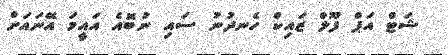
ޝަޓް އަޕް ފޫލް ޒައިކް ހެނދުނު ސައި ނުބޮއެ އައީމަ އޭނައަށް